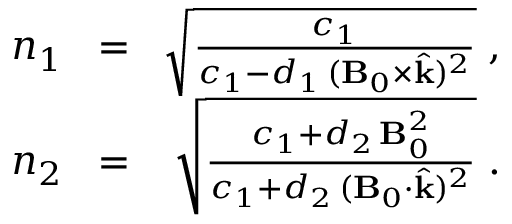
\begin{array} { r l r } { n _ { 1 } \! } & { = } & { \! \sqrt { \frac { c _ { 1 } } { c _ { 1 } - d _ { 1 } \, ( { \bf B } _ { 0 } \times \hat { { \bf k } } ) ^ { 2 } } } \; , } \\ { n _ { 2 } \! } & { = } & { \! \sqrt { \frac { c _ { 1 } + d _ { 2 } \, { \bf B } _ { 0 } ^ { 2 } } { c _ { 1 } + d _ { 2 } \, ( { \bf B } _ { 0 } \cdot \hat { { \bf k } } ) ^ { 2 } } } \; . } \end{array}